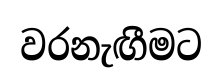
වරනැඟීමට